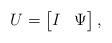
LaTeX: \begin{align*} U = \begin{bmatrix} I & \Psi\end{bmatrix},\end{align*}